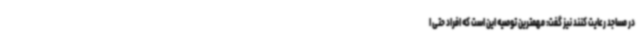
در مساجد رعایت کنند نیز گفت: مهمترین توصیه این است که افراد حتی ا